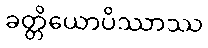
ခတ္တိယောပိဿာဿ